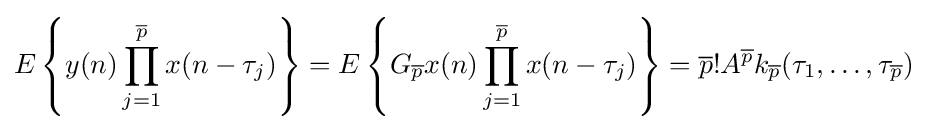
E\left\{y(n)\prod _{j=1}^{\overline {p}}x(n-\tau _{j})\right\}=E\left\{G_{\overline {p}}x(n)\prod _{j=1}^{\overline {p}}x(n-\tau _{j})\right\}={\overline {p}}!A^{\overline {p}}k_{\overline {p}}(\tau _{1},\dots ,\tau _{\overline {p}})